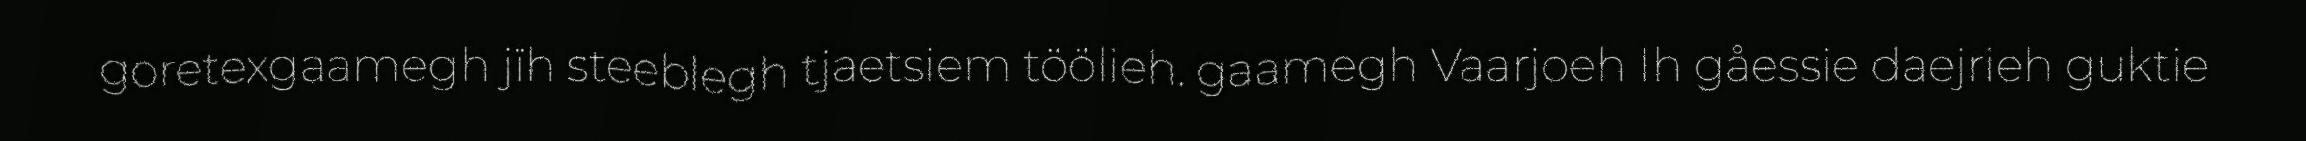
goretexgaamegh jïh steeblegh tjaetsiem töölieh. gaamegh Vaarjoeh Ih gåessie daejrieh guktie